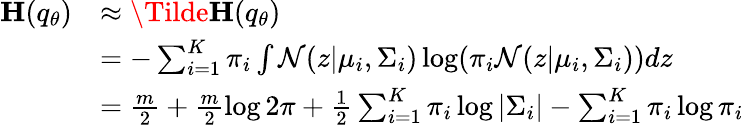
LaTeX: \begin{array}{rl}{\mathbf{H}(q_{\theta})}&{\approx\mathbf{\Tilde{H}}(q_{\theta})}\\ &{=-\sum_{i=1}^{K}\pi_{i}\int\mathcal{N}(z|\mu_{i},\Sigma_{i})\log(\pi_{i}\mathcal{N}(z|\mu_{i},\Sigma_{i}))dz}\\ &{=\frac{m}{2}+\frac{m}{2}\log 2\pi+\frac{1}{2}\sum_{i=1}^{K}\pi_{i}\log|\Sigma_{i}|-\sum_{i=1}^{K}\pi_{i}\log\pi_{i}}\end{array}